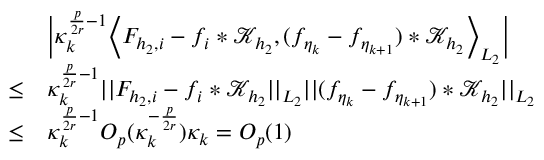
\begin{array} { r l } & { \Big | \kappa _ { k } ^ { \frac { p } { 2 r } - 1 } \Big \langle F _ { { h _ { 2 } } , i } - f _ { i } * \mathcal { K } _ { h _ { 2 } } , ( f _ { \eta _ { k } } - f _ { \eta _ { k + 1 } } ) * \mathcal { K } _ { h _ { 2 } } \Big \rangle _ { L _ { 2 } } \Big | } \\ { \le } & { \kappa _ { k } ^ { \frac { p } { 2 r } - 1 } \vert \vert F _ { { h _ { 2 } } , i } - f _ { i } * \mathcal { K } _ { h _ { 2 } } \vert \vert _ { L _ { 2 } } \vert \vert ( f _ { \eta _ { k } } - f _ { \eta _ { k + 1 } } ) * \mathcal { K } _ { h _ { 2 } } \vert \vert _ { L _ { 2 } } } \\ { \le } & { \kappa _ { k } ^ { \frac { p } { 2 r } - 1 } O _ { p } ( \kappa _ { k } ^ { - \frac { p } { 2 r } } ) \kappa _ { k } = O _ { p } ( 1 ) } \end{array}